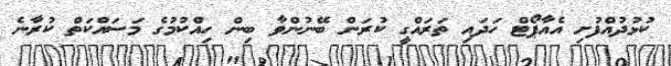
ކުޅުދުއްފުށި އެއާޕޯޓް ހަދައި ތަރައްގީ ކުރަން ބޭނުންވާ ބިން ހިއްކުމުގެ މަސައްކަތް ކުރާނެ